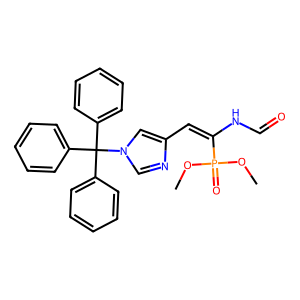
SMILES: COP(=O)(OC)C(=Cc1cn(C(c2ccccc2)(c2ccccc2)c2ccccc2)cn1)NC=O
Inhibits HIV replication: No